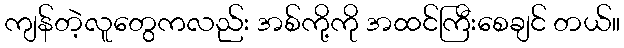
ကျန်တဲ့လူတွေကလည်း အစ်ကို့ကို အထင်ကြီးစေချင် တယ်။